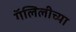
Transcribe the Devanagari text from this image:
गॅलिलीच्या